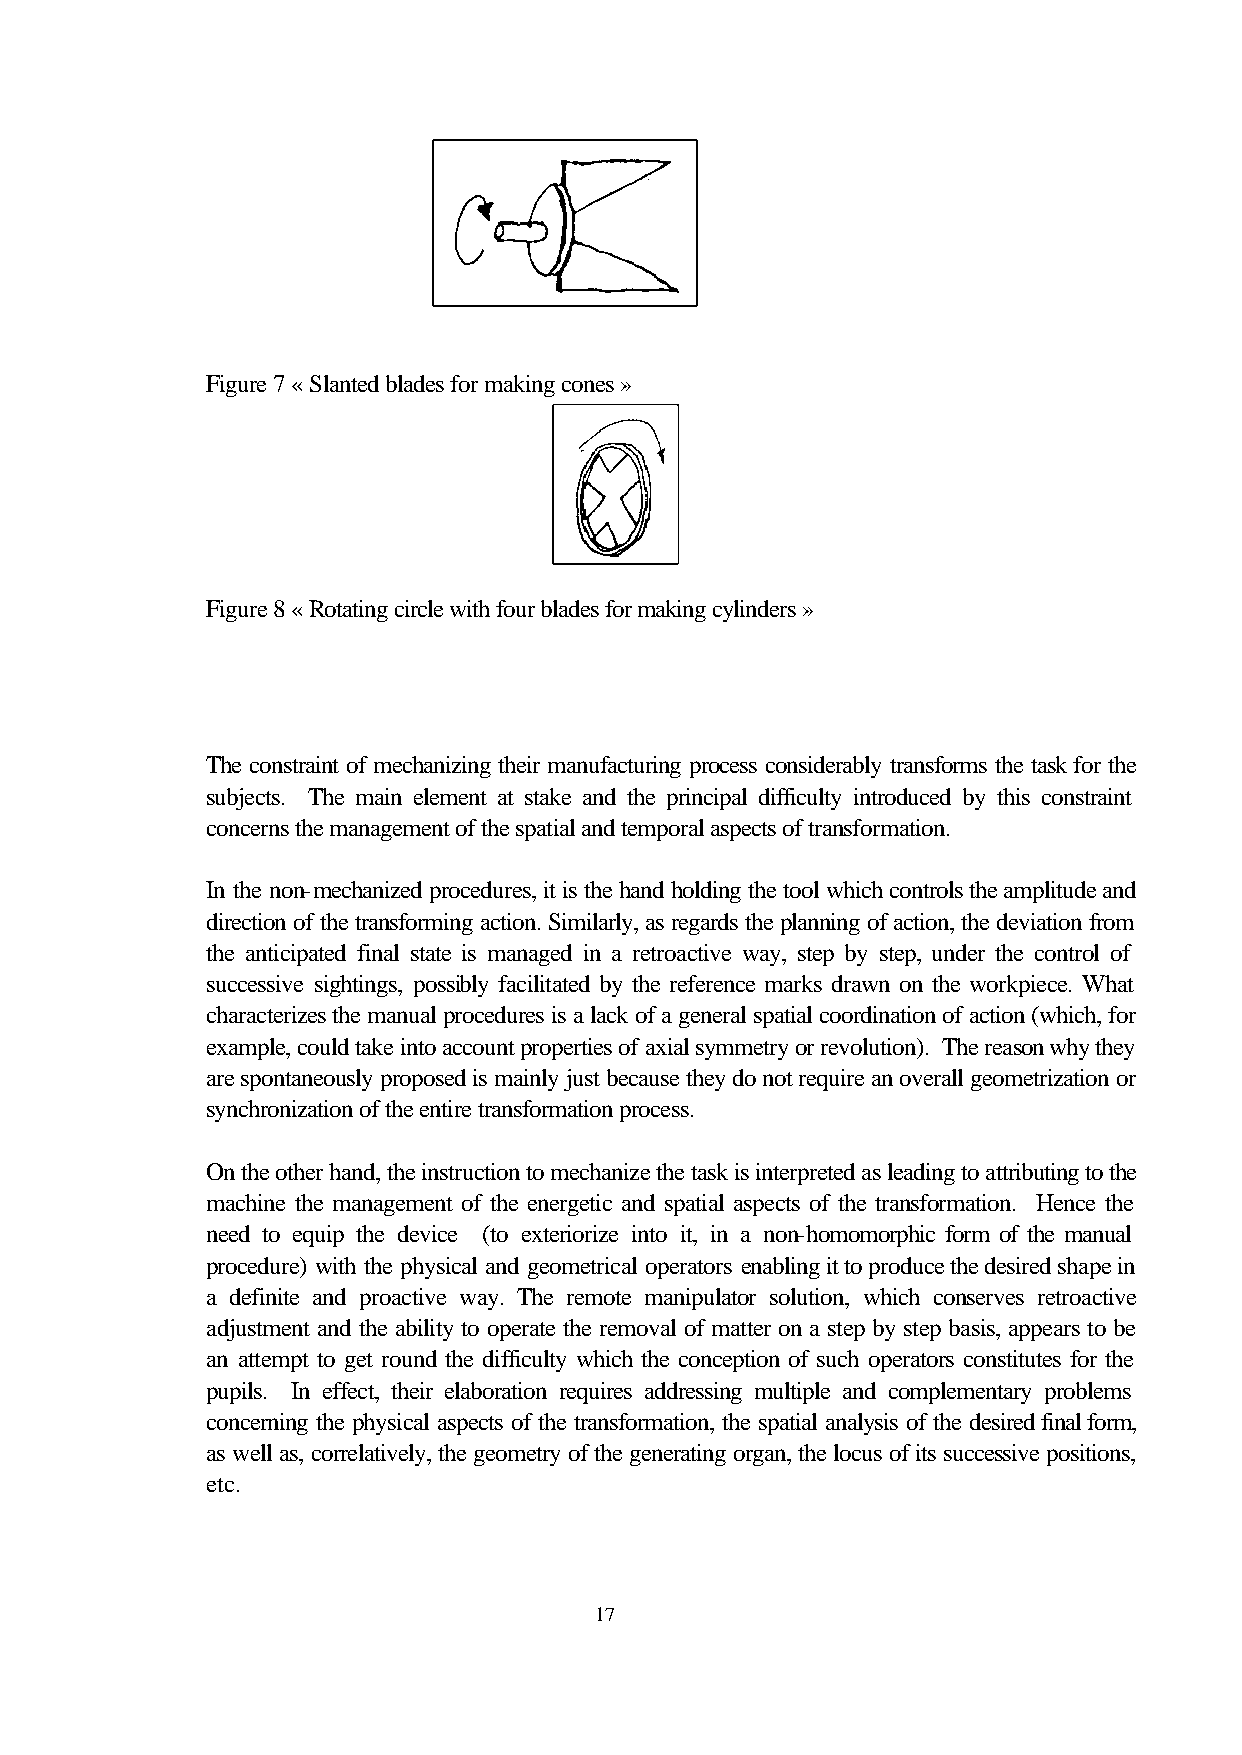
Figure 7 « Slanted blades for making cones »
 Figure 8 « Rotating circle with four blades for making cylinders »
 The constraint of mechanizing their manufacturing process considerably transforms the task for the
 subjects. The main element at stake and the principal difficulty introduced by this constraint
 concerns the management of the spatial and temporal aspects of transformation.
 In the non-mechanized procedures, it is the hand holding the tool which controls the amplitude and
 direction of the transforming action. Similarly, as regards the planning of action, the deviation from
 the anticipated final state is managed in a retroactive way, step by step, under the control of
 successive sightings, possibly facilitated by the reference marks drawn on the workpiece. What
 characterizes the manual procedures is a lack of a general spatial coordination of action (which, for
 example, could take into account properties of axial symmetry or revolution). The reason why they
 are spontaneously proposed is mainly just because they do not require an overall geometrization or
 synchronization of the entire transformation process.
 On the other hand, the instruction to mechanize the task is interpreted as leading to attributing to the
 machine the management of the energetic and spatial aspects of the transformation. Hence the
 need to equip the device (to exteriorize into it, in a non-homomorphic form of the manual
 procedure) with the physical and geometrical operators enabling it to produce the desired shape in
 a definite and proactive way. The remote manipulator solution, which conserves retroactive
 adjustment and the ability to operate the removal of matter on a step by step basis, appears to be
 an attempt to get round the difficulty which the conception of such operators constitutes for the
 pupils. In effect, their elaboration requires addressing multiple and complementary problems
 concerning the physical aspects of the transformation, the spatial analysis of the desired final form,
 as well as, correlatively, the geometry of the generating organ, the locus of its successive positions,
 etc.
 17